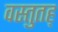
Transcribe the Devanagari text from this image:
वस्तुतह्